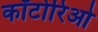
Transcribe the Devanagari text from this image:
कॉटोरिओ